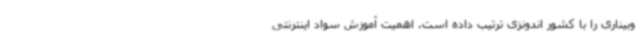
وبیناری را با کشور اندونزی ترتیب داده است. اهمیت آموزش سواد اینترنتی